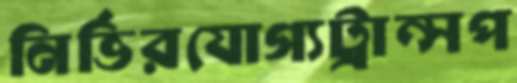
নির্ভিরযোগ্যট্রান্সপ